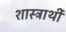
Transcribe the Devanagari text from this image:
शास्त्रार्थी